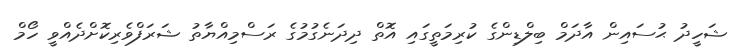
ޝަހީދު ޙުސައިން އާދަމް ބިލްޑިންގެ ކުރިމަތީގައި އޮތް ދިދަނެގުމުގެ ރަސްމިއްޔާތު ޝަރަފްވެރިކޮށްދެއްވީ ހޯމް